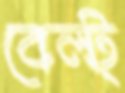
বেল্‌ট্‌